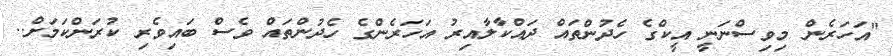
"އަހަރެން މިވިސްނަނީ އީކްގެ ހެދުންތައް ދައްކާލާއިރު އަހަރެންގެ ހެދުންތައް ވެސް ބައިވެރި ކުރަންކަމަށް..